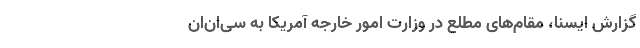
گزارش ایسنا، مقام‌های مطلع در وزارت امور خارجه آمریکا به سی‌ان‌ان